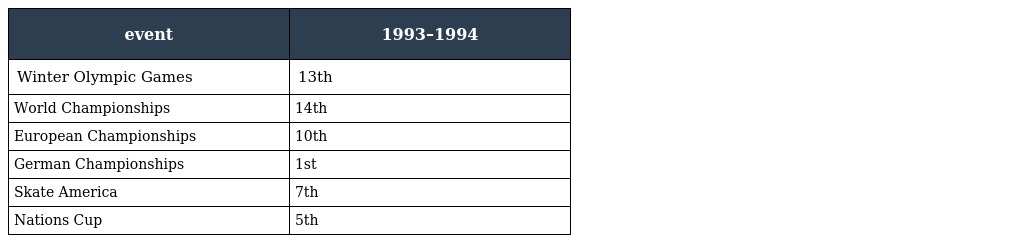
| event | 1993–1994 |
 | --- | --- |
 | Winter Olympic Games | 13th |
 | World Championships | 14th |
 | European Championships | 10th |
 | German Championships | 1st |
 | Skate America | 7th |
 | Nations Cup | 5th |